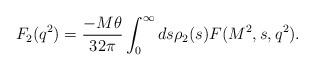
LaTeX: \begin{align*}F_2(q^2)={-M\theta\over32\pi}\int_0^{\infty}ds\rho_2(s)F(M^2,s,q^2).\end{align*}